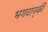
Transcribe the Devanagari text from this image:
भगवान्‌की